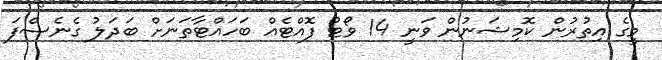
މީގެ އިތުރުން ކޮމިޝަނުން ވަނީ 14 ވޯޓު ފޮއްޓެއް ބަހައްޓާތަނަށް ބަދަލު ގެނެސްފަ